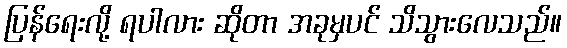
ပြန်ရေးလို့ ရပါလား ဆိုတာ အခုမှပင် သိသွားလေသည်။